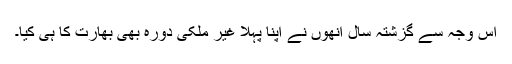
اس وجہ سے گزشتہ سال انھوں نے اپنا پہلا غیر ملکی دورہ بھی بھارت کا ہی کیا۔